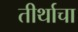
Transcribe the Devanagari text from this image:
तीर्थाचा